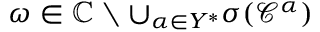
\omega \in \mathbb { C } \setminus \cup _ { \alpha \in Y ^ { * } } \sigma ( \mathcal { C } ^ { \alpha } )